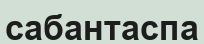
сабантаспа